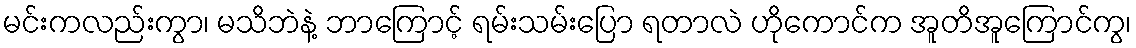
မင်းကလည်းကွာ၊ မသိဘဲနဲ့ ဘာကြောင့် ရမ်းသမ်းပြော ရတာလဲ ဟိုကောင်က အူတိအူကြောင်ကွ၊